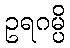
ဥရဂမ္ပိ